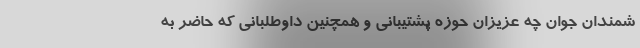
شمندان جوان چه عزیزان حوزه پشتیبانی و همچنین داوطلبانی که حاضر به